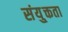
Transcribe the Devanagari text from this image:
संयु्क्तता